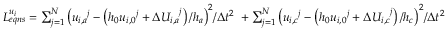
\begin{array} { r } { L _ { e q n s } ^ { { { u } _ { i } } } = \sum _ { j = 1 } ^ { N } { { { \left( { { u } _ { i , a } } ^ { j } - \left( { { h } _ { 0 } } { { u } _ { i , 0 } } ^ { j } + \Delta { { U } _ { i , a } } ^ { j } \right) / { { h } _ { a } } \right) } ^ { 2 } } / \Delta { { t } ^ { 2 } } } \ + \sum _ { j = 1 } ^ { N } { { { \left( { { u } _ { i , c } } ^ { j } - \left( { { h } _ { 0 } } { { u } _ { i , 0 } } ^ { j } + \Delta { { U } _ { i , c } } ^ { j } \right) / { { h } _ { c } } \right) } ^ { 2 } } / \Delta { { t } ^ { 2 } } } \ } \end{array}